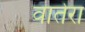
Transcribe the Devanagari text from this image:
वातेरा